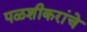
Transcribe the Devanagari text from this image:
पळशीकरांचे